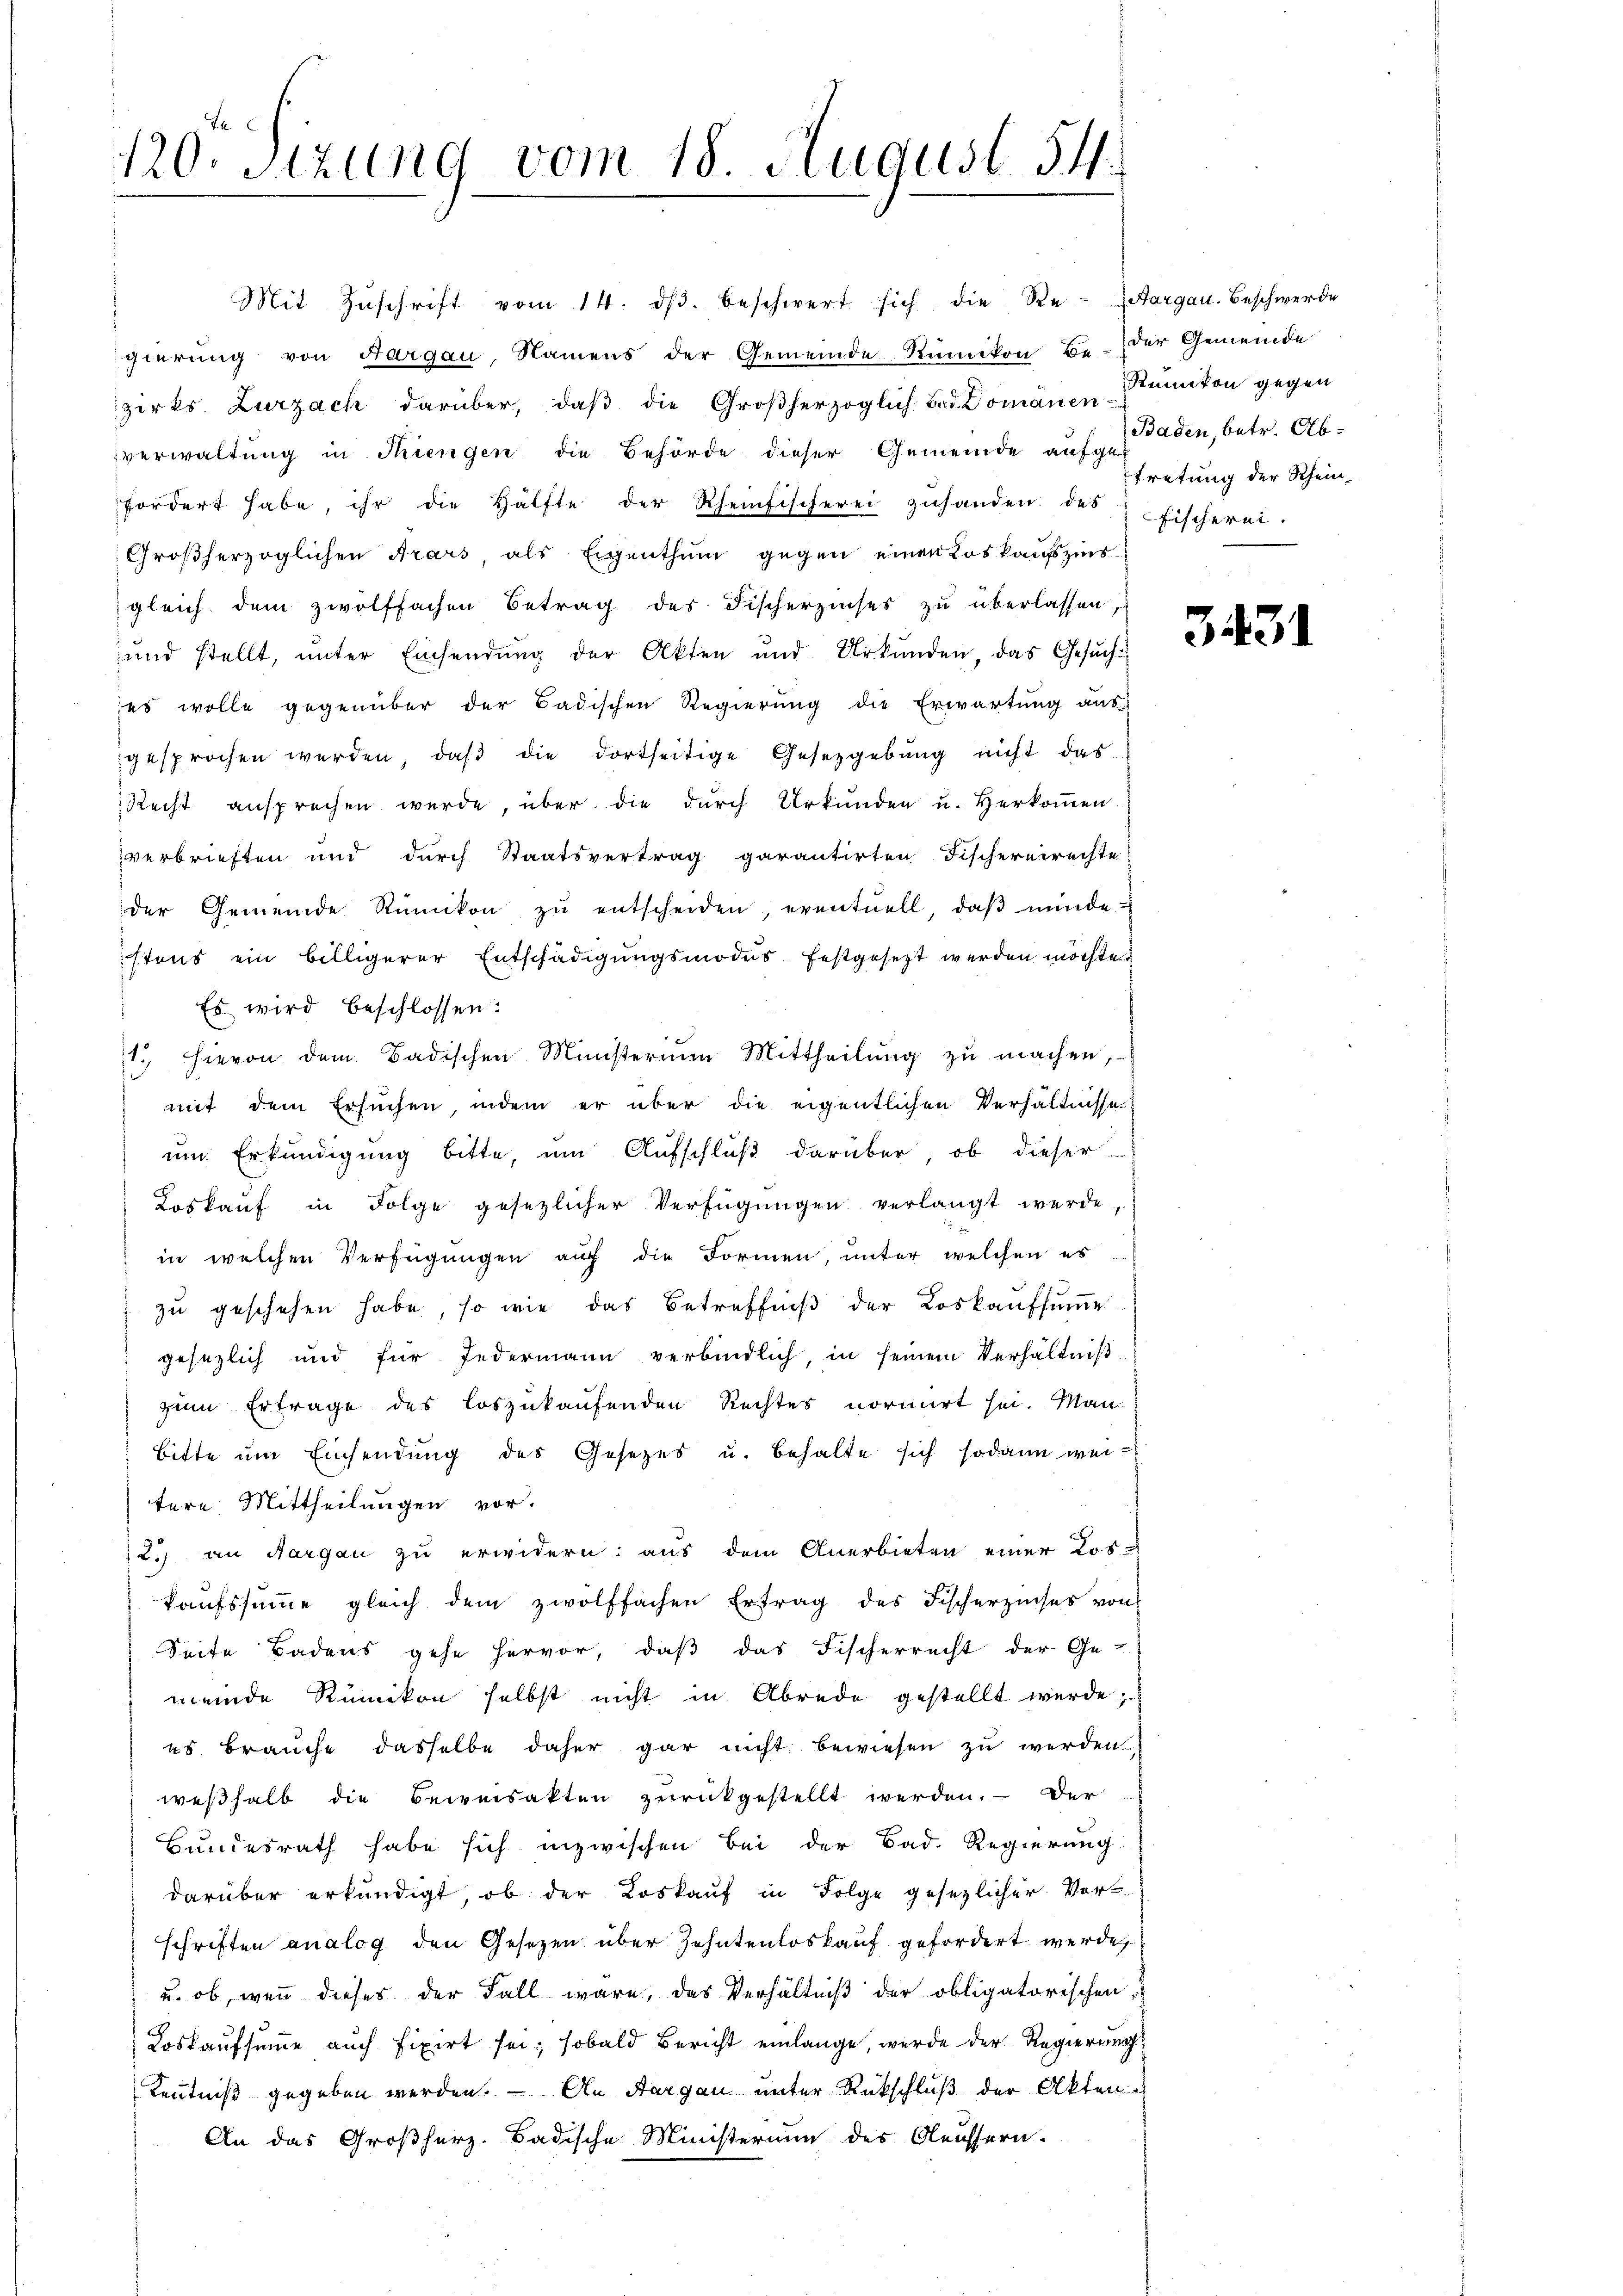
120. Sitzung vom 18. August 54.

Mit Zŭschrift vom 14. dβ. beschwert sich die Re- (Aargau. Beschwerde
gierung von Aargau, Namens der Gemeinde Rümikon Be- der Gemeinde
zirks Zurzach darüber, daβ die Großherzoglich Bad Domänen Kanton gegen
verwaltung in Thiengen die Behörde dieser Gemeinde aufgefordert habe, ihr die Hälfte der Rheinfischerei zŭhanden des Fischerei.
Großherzoglichen Arars, als Eigenthum gegen einen Loskaufszins
gleich dem zwölffachen Betrag des Fischerzinses zu überlassen,
und stellt, unter Einsendung der Akten und Urkunden, das Gesŭch
es wolle gegenüber der Badischen Regierŭng die Erwartung aŭs
gesprochen werden, daβ die dortseitige Gesetzgebung nicht das
Recht ansprechen wurde, über die durch Urkunden u. Herkommen
verbrieften und durch Staatsvertrag garantirten Fischereirechte
der Gemeinde Rümikon zŭ entscheiden, eventuell, daβ münde
stens ein billigerer Entschädigungsmodus festgesezt werden möchte.
Es wird beschlossen:
1 hievon dem Badischen Ministerium Mittheilŭng zŭ machen,
mit dem Ersuchen, indem er über die eigentlichen Verhältnisse:
um Erkundigung bitte, um Aufschluß darüber, ob dieser
Loskauf in Folge gesezlicher Verfügungen verlangt werde,
in welchen Verfügungen auf die Formen, unter welchen es
 zu geschehen habe, so wie das Betreffniß der Loskaufsumme
gesezlich und für Jedermann verbindlich, in seinem Verhältniß
zum Ertrage des loszukaufenden Rechtes normirt sei. Man
bitte ŭm Einsendŭng des Gesetzes u. behalte sich sodann weitere Mittheilungen vor.
2.) an Aargau zu erwidern: aus dem Anerbieten einer Los-
kaufssumme gleich dem zwolffachen Ertrag des Fischerzinses von
Seite Badens gehe hervor, daβ das Fischerrecht der Ge-
meinde Rümikon selbst nicht in Abrede gestellt werde;
us brauche dasselbe daher gar nicht bewiesen zu werden,
weßhalb die Beweisakten zurückgestellt werden. Der
Bundesrath habe sich inzwischen Bei der Bad. Regierung
darüber erkundigt, ob der Loskauf in Folge gesezlicher Vor-
schriften analog den Gesetzen über Zehntenloskauf gefordert werde,
u. ob, wenn dieses der Fall wäre, das Verhältniß der obligatorischen
Loskaufsumme auch fixirt sei; sobald Bericht einlange, werde der Regierung
Kenntniß gegeben werden. — An Aargau unter Rückschluß der Akten
An das Großherz. Badische Ministerium des Aeussern.

Baden, betr. Alb.
tretung der Rhein¬

3431